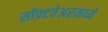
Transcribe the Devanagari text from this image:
सॉफ़्टवेअरमध्ये